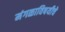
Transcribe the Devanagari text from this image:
मंगळाविषयीचे